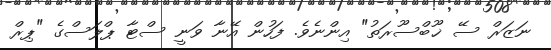
ނަޒަރް ސޭ ޚޫބްސޫރަތު" އިންނެވެ. ފަހުން އޭނާ ވަނީ ސްޓާ ޕްލަސްގެ "ޕިރް